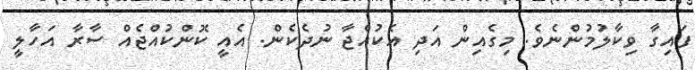
ފައިގާ ވިކާލުމުންނެވެ. މިގެއިން އަދި އެކުއްޖާ ނުދެކެން. އެއީ ކޮންކުއްޖެއް ސާރާ އަހާލީ